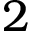
2